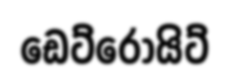
ඩෙට්රොයිට්